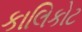
કાલિકોટ